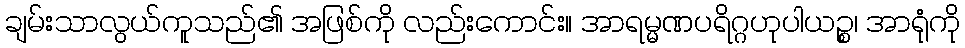
ချမ်းသာလွယ်ကူသည်၏ အဖြစ်ကို လည်းကောင်း။ အာရမ္မဏပရိဂ္ဂဟုပါယဉ္စ၊ အာရုံကို